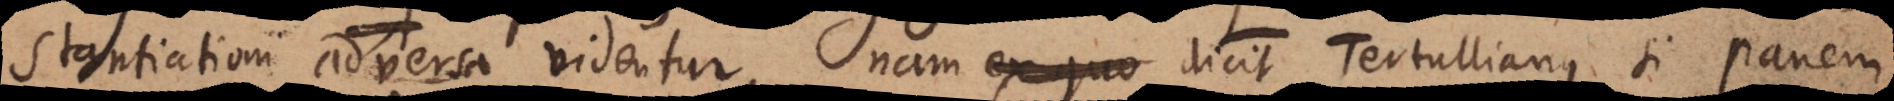
stantiationi adversa videntur, nam dicit Tertullianus si panem